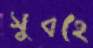
সুবহে